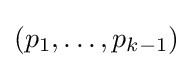
(p_{1},\ldots ,p_{k-1})